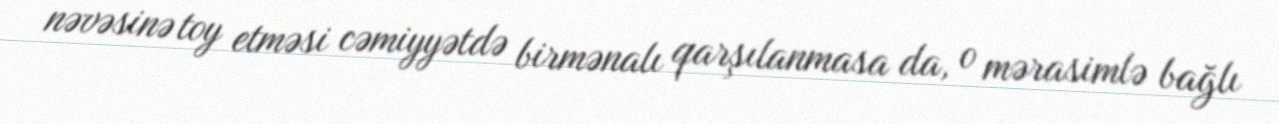
nəvəsinə toy etməsi cəmiyyətdə birmənalı qarşılanmasa da, o mərasimlə bağlı